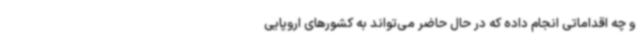
و چه اقداماتی انجام داده که در حال حاضر می‌تواند به کشورهای اروپایی